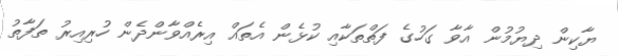
ޔާކިން ދިޔުމުން އާވާ ގަހުގެ ފަތްތަކާއި ކުޅެން އެތައް އިރެއްވާންދެން ހުރިއިރު ތަފާތު